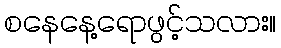
စနေနေ့ရောဖွင့်သလား။